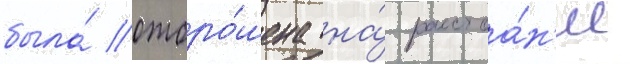
была́ отбро́шена на́ расстоа́н'ие